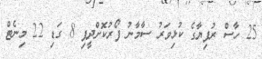
25 ހާސް ރުފިޔާގެ ކުޅިވަރު ސާމާނު ފޯރުކޮށްދީފި 8 ގަޑި 22 މިނެޓް